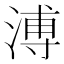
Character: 溥